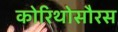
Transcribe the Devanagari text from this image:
कोरिथोसौरस